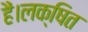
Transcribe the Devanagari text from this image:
हैं।लक्षित